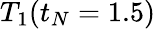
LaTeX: T_{1}(t_{N}=1.5)